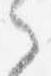
之